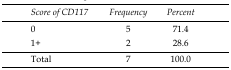
<table><thead><tr><td><b><i>Score of CD117</i></b></td><td><b><i>Frequency</i></b></td><td><b><i>Percent</i></b></td></tr></thead><tbody><tr><td>0</td><td>5</td><td>71.4</td></tr><tr><td>1+</td><td>2</td><td>28.6</td></tr><tr><td>Total</td><td>7</td><td>100.0</td></tr></tbody></table>